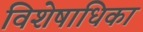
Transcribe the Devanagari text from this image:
विशेषाधिका